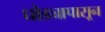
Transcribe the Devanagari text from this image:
घोड्यापासून